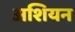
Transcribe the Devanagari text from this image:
अशियन